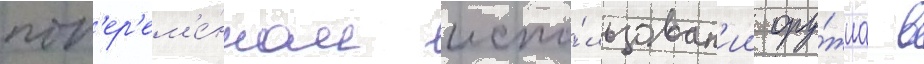
поп'ер'ем'е́нном испо́льзован'ии ору́жиа в